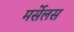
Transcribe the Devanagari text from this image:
मर्सेलस